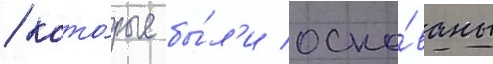
/ кото́рые бы́л'и осно́ваны